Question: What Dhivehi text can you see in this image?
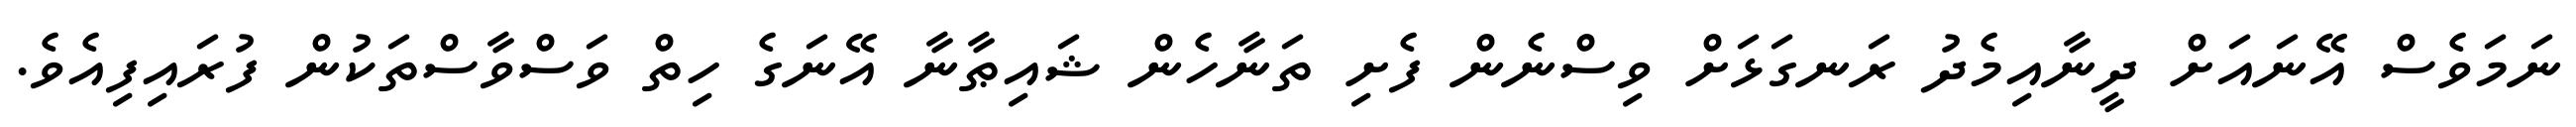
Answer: ނަމަވެސް އޭނައަށް ދީނާއިމެދު ރަނގަޅަށް ވިސްނެން ފެށި ތަނާހެން ޝައިޠާނާ އޭނަގެ ހިތް ވަސްވާސްތަކުން ފުރައިފިއެވެ.